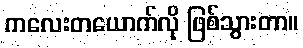
ကလေးတယောက်လို ဖြစ်သွားတာ။